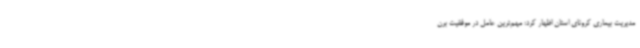
مدیریت بیماری کرونای استان اظهار کرد: مهم‌ترین عامل در موفقیت برن